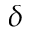
\delta